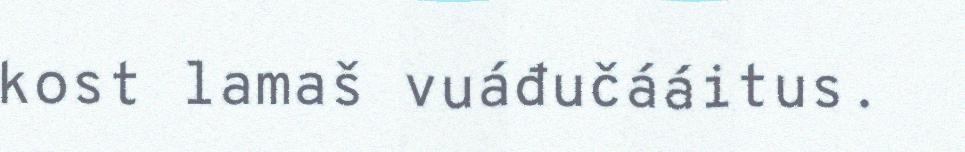
kost lamaš vuáđučááitus.